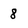
Character: 8